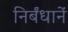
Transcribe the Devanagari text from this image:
निर्बंधानें